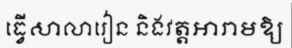
ធ្វើសាលារៀន និងវត្តអារាមឱ្យ